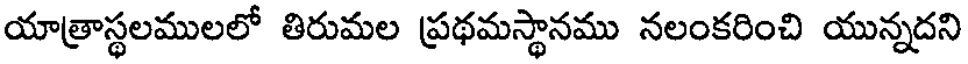
యాత్రాస్థలములలో తిరుమల ప్రథమస్థానము నలంకరించి యున్నదని